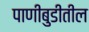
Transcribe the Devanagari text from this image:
पाणीबुडीतील